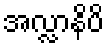
အလ္လာနိပိ